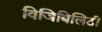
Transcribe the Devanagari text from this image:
विजिबिलिटी